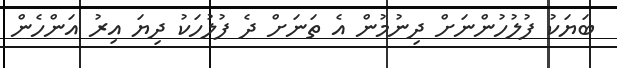
ބަޔަކު ފުލުހުންނަށް ދިނުމުން އެ ތަނަށް ދެ ފުލުހަކު ދިޔަ އިރު އަންހެން